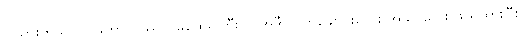
ပါသွားတယ်၊ ရှင်မဟာကဿပ မထေရ်ကြီးက အဲဒီ လက်ချောင်းလေး အသာလေး ဖယ်ထားပြီး